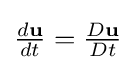
{\textstyle {\frac {d\mathbf {u} }{dt}}={\frac {D\mathbf {u} }{Dt}}}